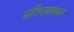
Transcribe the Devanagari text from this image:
प्रतिसहकार